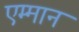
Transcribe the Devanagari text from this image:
एम्मान